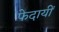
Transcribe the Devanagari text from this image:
फेदायीं